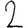
Digit: 2